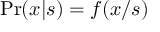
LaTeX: \mathrm { P r } ( x | s ) = f ( x / s )